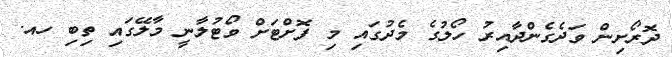
ދޮރޯށިން ވަދެގެންދާއިރު ހޯލުގެ މެދުގައި މި ފޮށްޓަށް ވޯޓުލާނީ މާލޭގައި ތިބި ހއ.